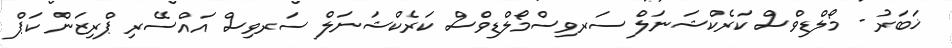
ޚަބަރު - މޯލްޑިވްސް ކަރެކްޝަނަލް ސަރވިސްމޯލްޑިވްސް ކަރެކްޝަނަލް ސަރވިސް އައްސޭރި ޕްރިޒަން ކަޕް